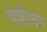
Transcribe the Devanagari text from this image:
दंडीला